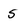
Character: S